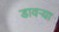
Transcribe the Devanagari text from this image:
डावर्‍या